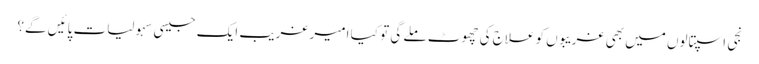
نجی اسپتالوں میں بھی غریبوں کو علاج کی چھوٹ ملے گی تو کیا امیر غریب ایک جیسی سہولیات پائیں گے؟